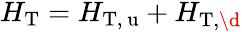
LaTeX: \begin{array}{r}{H_{\mathrm{T}}=H_{\mathrm{T,\ u}}+H_{\mathrm{T,\d}}}\end{array}